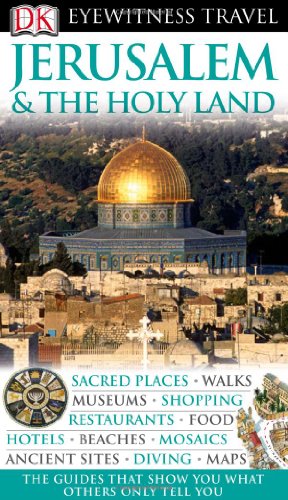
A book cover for Jerusalem and the Holy Land (Eyewitness Travel Guides); DK Publishing; Travel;